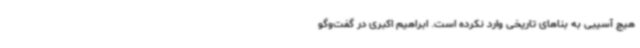
هیچ آسیبی به بناهای تاریخی وارد نکرده است. ابراهیم اکبری در گفت‌وگو